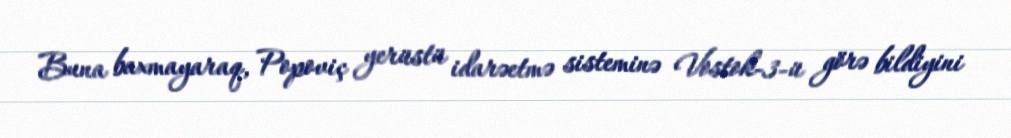
Buna baxmayaraq, Popoviç yerüstü idarəetmə sisteminə Vostok-3-ü görə bildiyini